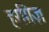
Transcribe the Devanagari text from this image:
हरग़िज़